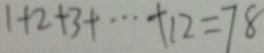
1 + 2 + 3 + \cdots + 1 2 = 7 8